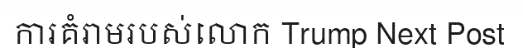
ការគំរាមរបស់លោក Trump Next Post